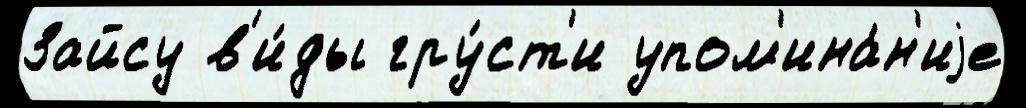
Зайсу в'и́ды гру́ст'и упом'ина́н'иjе